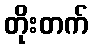
တိုးတက်